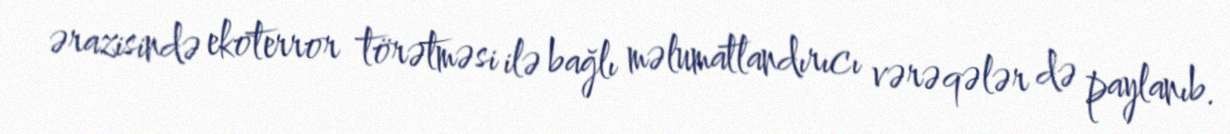
ərazisində ekoterror törətməsi ilə bağlı məlumatlandırıcı vərəqələr də paylanıb.